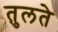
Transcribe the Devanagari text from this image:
तुलते